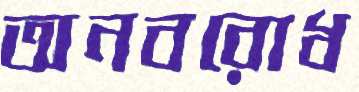
অনবরোধ